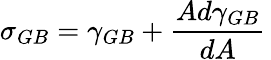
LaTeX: \sigma_{GB}=\gamma_{GB}+{\frac{Ad\gamma_{GB}}{dA}}\,